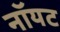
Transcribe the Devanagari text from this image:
नॉयट